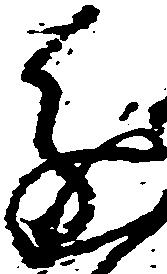
進